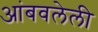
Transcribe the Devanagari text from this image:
आंबवलेली